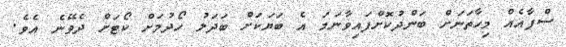
ސްޕާއެއް މިހާތަނަށް ބަންދުކޮށްފައިވާނަމަ އެ ބަޔަކަށް ބަދަލު ހޯދުމަށް ކޯޓަށް ދެވޭނެ އެވެ.